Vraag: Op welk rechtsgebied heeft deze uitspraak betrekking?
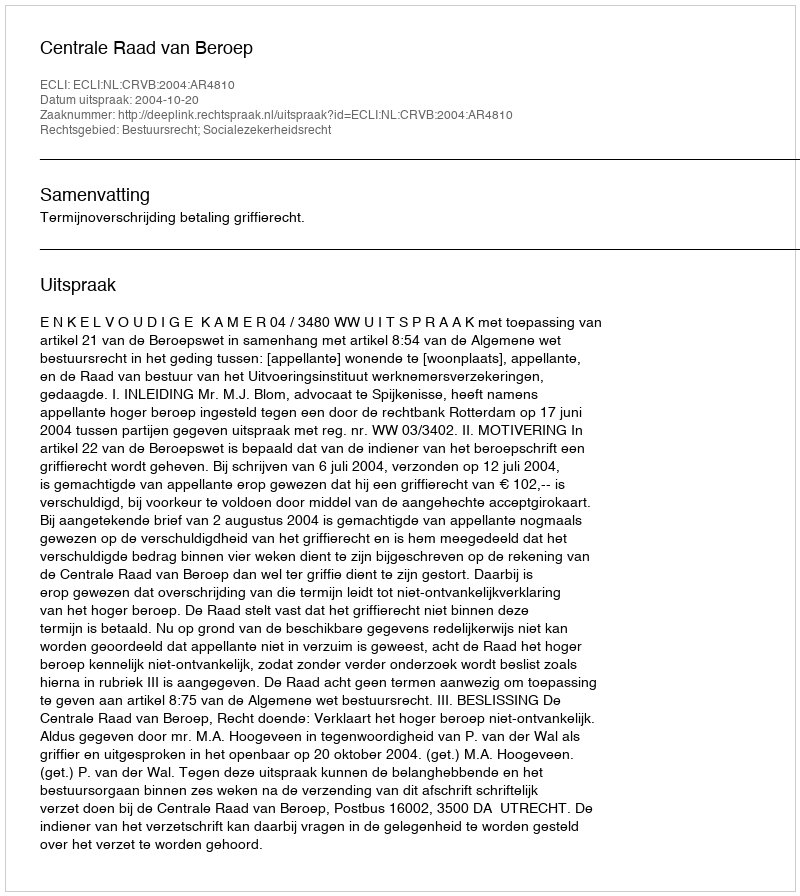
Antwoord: Bestuursrecht; Socialezekerheidsrecht